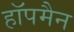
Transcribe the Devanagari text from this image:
हॉपमैन